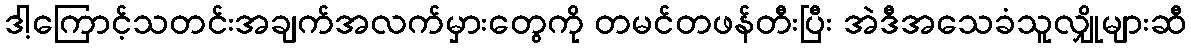
ဒါ့ကြောင့်သတင်းအချက်အလက်မှားတွေကို တမင်တဖန်တီးပြီး အဲဒီအသေခံသူလျှိုများဆီ